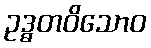
ဥဒ္ဓတဝိသောဝ